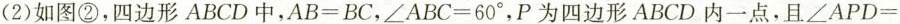
(2)如图②，四边形ABCD中，$$A B = B C$$，$$∠ A B C = 6 0 °$$，P为四边形ABCD内一点，且$$∠ A P D =